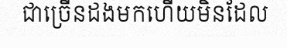
ជាច្រើនដងមកហើយមិនដែល